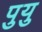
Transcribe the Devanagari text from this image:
पुयु